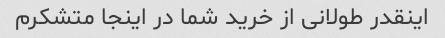
اینقدر طولانی از خرید شما در اینجا متشکرم